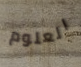
العلوم